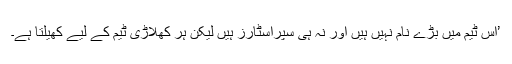
’اس ٹیم میں بڑے نام نہیں ہیں اور نہ ہی سپراسٹارز ہیں لیکن ہر کھلاڑی ٹیم کے لیے کھیلتا ہے۔